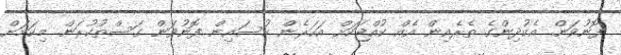
ފޮނުވަން. އެކުދިންގެ ތެރެއިން އެއް ކުއްޖަކަށް އަހަރެން ހުސައިން ފޮނުވަން ގަސްތުކުރަން. މިކަމަށް